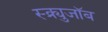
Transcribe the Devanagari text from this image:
स्क्र्युजॉब